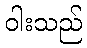
ဝါးသည်